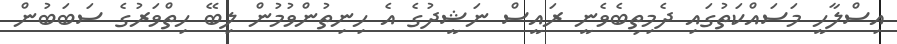
އިސްލާހީ މަސައްކަތުގައި ދެމިތިބެވެނީ ރައީސް ނަޝީދުގެ އެ ހިނިތުންވުމުން ލިބޭ ހިތްވަރުގެ ސަބަބުން